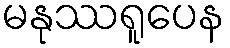
မနုဿရူပေန